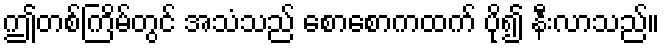
ဤတစ်ကြိမ်တွင် အသံသည် စောစောကထက် ပို၍ နီးလာသည်။